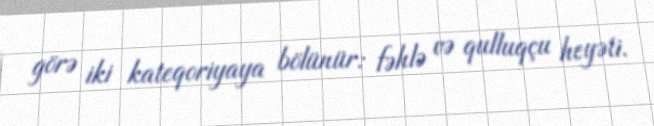
görə iki kateqoriyaya bölünür: fəhlə və qulluqçu heyəti.